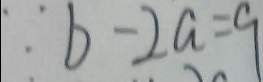
\because b - 2 a = 9